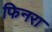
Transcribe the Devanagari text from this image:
फिनरा